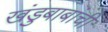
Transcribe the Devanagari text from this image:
खंडुबाबांची